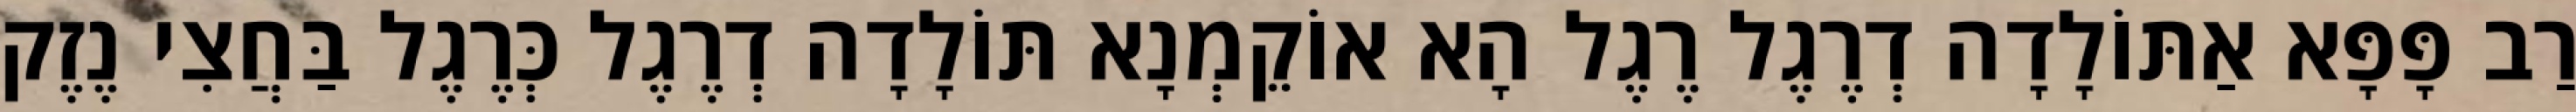
רַב פָּפָּא אַתּוֹלָדָה דְרֶגֶל רֶגֶל הָא אוֹקֵמְנָא תּוֹלָדָה דְרֶגֶל כְּרֶגֶל בַּחֲצִי נֶזֶק